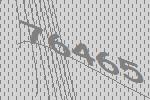
76465